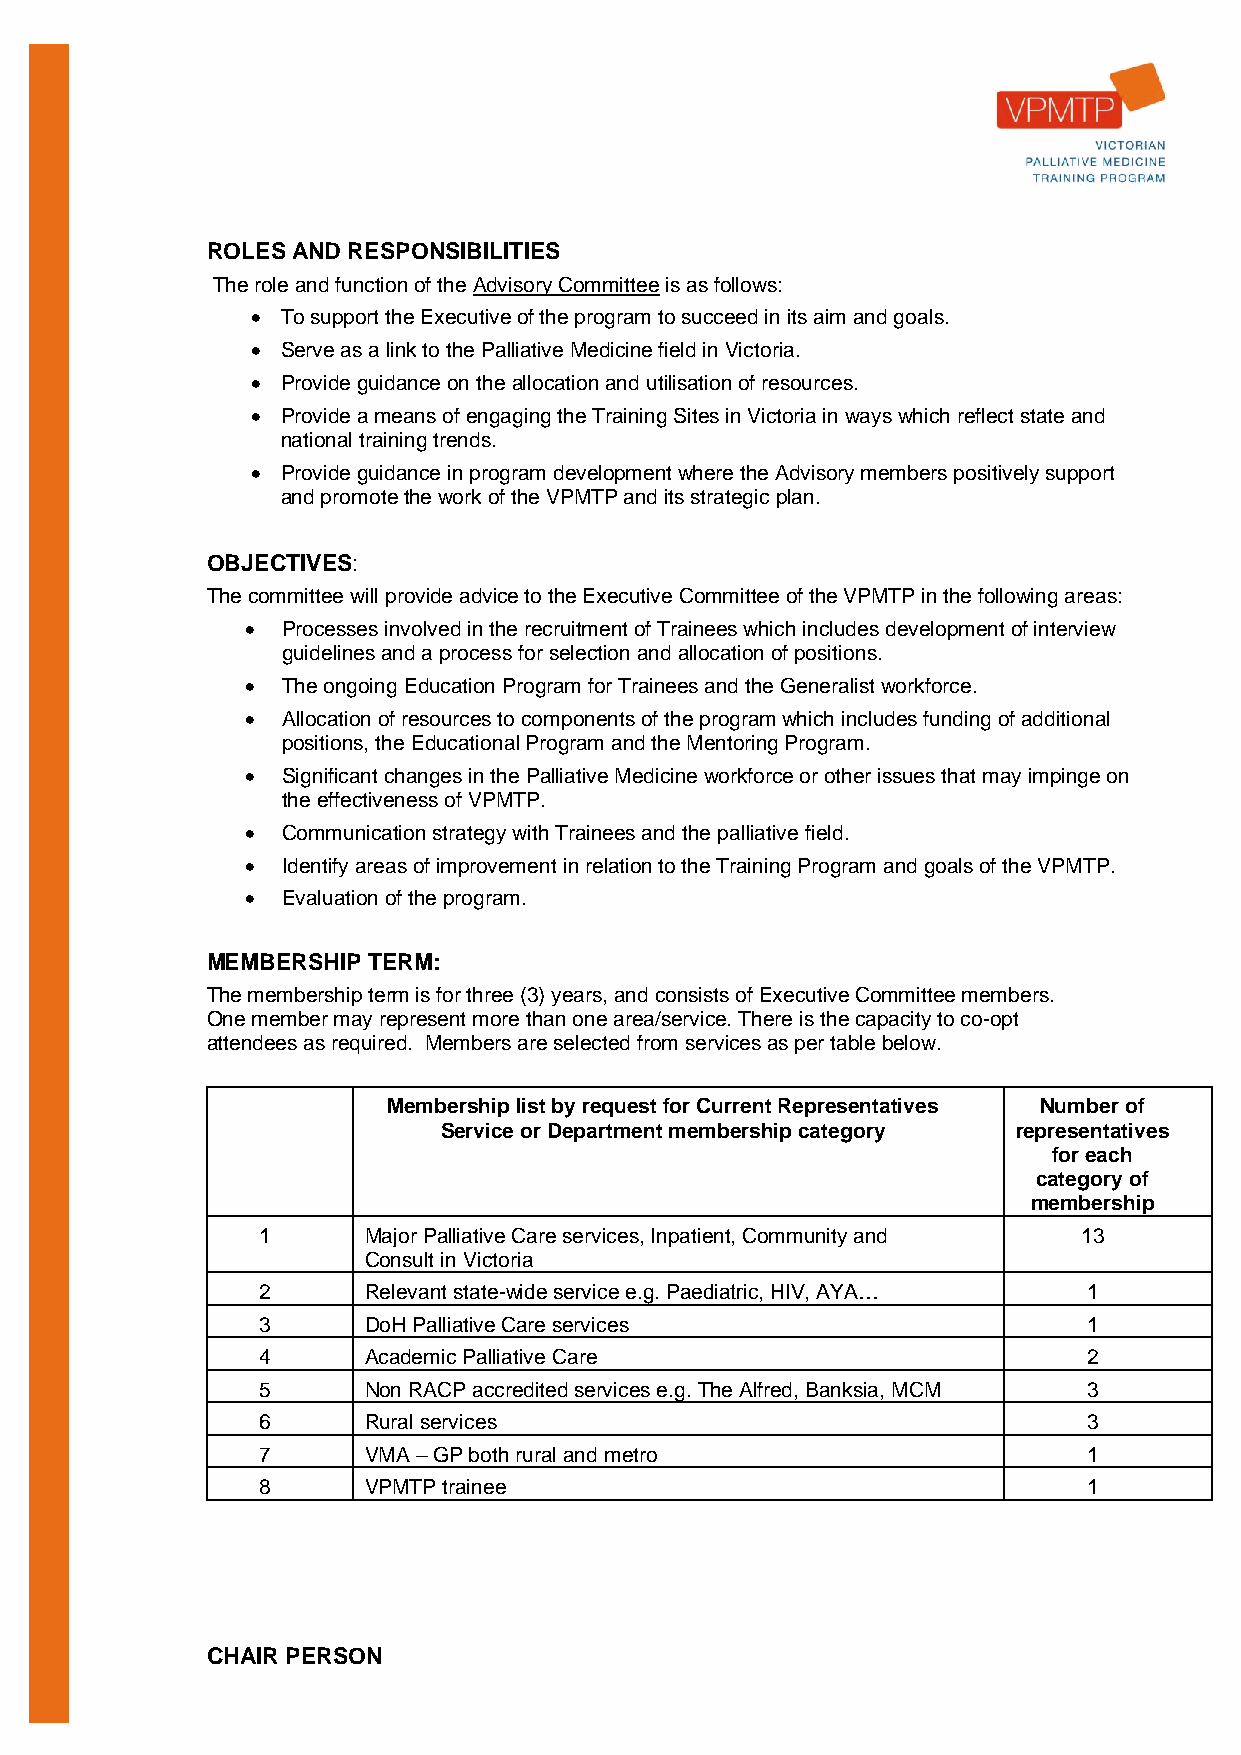
ROLES AND RESPONSIBILITIES
 The role and function of the Advisory Committee is as follows:
  To support the Executive of the program to succeed in its aim and goals.
  Serve as a link to the Palliative Medicine field in Victoria.
  Provide guidance on the allocation and utilisation of resources.
  Provide a means of engaging the Training Sites in Victoria in ways which reflect state and
 national training trends.
  Provide guidance in program development where the Advisory members positively support
 and promote the work of the VPMTP and its strategic plan.
 OBJECTIVES:
 The committee will provide advice to the Executive Committee of the VPMTP in the following areas:
   Processes involved in the recruitment of Trainees which includes development of interview
 guidelines and a process for selection and allocation of positions.
   The ongoing Education Program for Trainees and the Generalist workforce.
   Allocation of resources to components of the program which includes funding of additional
 positions, the Educational Program and the Mentoring Program.
   Significant changes in the Palliative Medicine workforce or other issues that may impinge on
 the effectiveness of VPMTP.
   Communication strategy with Trainees and the palliative field.
   Identify areas of improvement in relation to the Training Program and goals of the VPMTP.
   Evaluation of the program.
 MEMBERSHIP TERM:
 The membership term is for three (3) years, and consists of Executive Committee members.
 One member may represent more than one area/service. There is the capacity to co-opt
 attendees as required. Members are selected from services as per table below.
 Membership list by request for Current Representatives Number of
 Service or Department membership category representatives
 for each
 category of
 membership
 1      Major Palliative Care services, Inpatient, Community and 13
 Consult in Victoria
 2      Relevant state-wide service e.g. Paediatric, HIV, AYA… 1
 3      DoH Palliative Care services                    1
 4      Academic Palliative Care                        2
 5      Non RACP accredited services e.g. The Alfred, Banksia, MCM 3
 6      Rural services                                  3
 7      VMA – GP both rural and metro                   1
 8      VPMTP trainee                                   1
 CHAIR PERSON